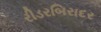
રીડરબિરાદર